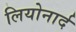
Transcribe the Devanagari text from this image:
लियोनार्द